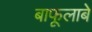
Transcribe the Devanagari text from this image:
बाफूलाबे